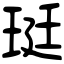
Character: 珽